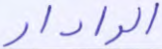
الرادار